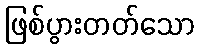
ဖြစ်ပွားတတ်သော